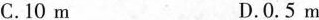
C.10m D.0.5m